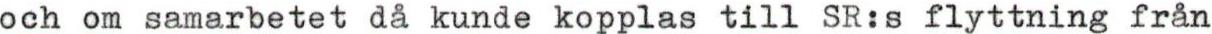
och om samarbetet då kunde kopplas till SR:s flyttning från